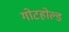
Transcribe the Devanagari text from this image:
गोटहोल्ड